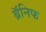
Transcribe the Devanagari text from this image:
ब्रॅनिफ